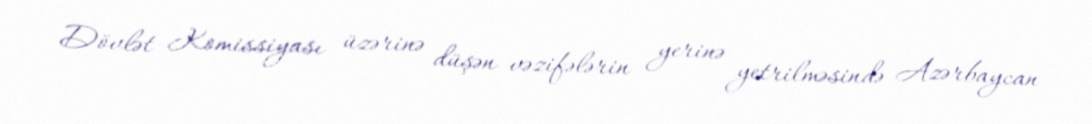
Dövlət Komissiyası üzərinə düşən vəzifələrin yerinə yetrilməsində Azərbaycan